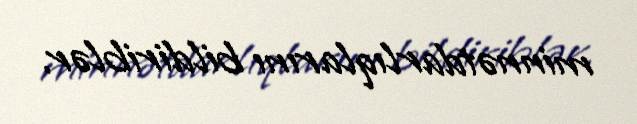
minnətdarlıqlarını bildiriblər.